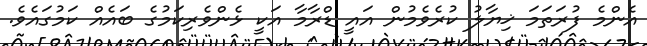
އެންމެ ފުރަތަމަ ޚިޔާލު ކުރެވެމުން އައީ ޑްރާމާ އަކީ ޅެންވެރިކަމުގެ ބައެއް ކަމުގައެވެ.